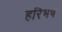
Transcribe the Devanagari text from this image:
हरिभष